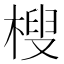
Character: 㮴